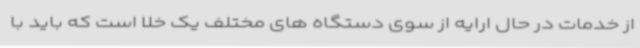
از خدمات در حال ارایه از سوی دستگاه های مختلف یک خلا است که باید با